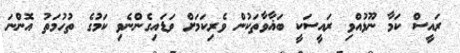
ރައީސް ކަމާ ނޫޅުއްވި ރައީސަކީ ބަޣާވާތަކުން ވެރިކަމަށް ވަޑައިގެންނެވި ކަމުގެ ތުހުމަތު އޮންނަ